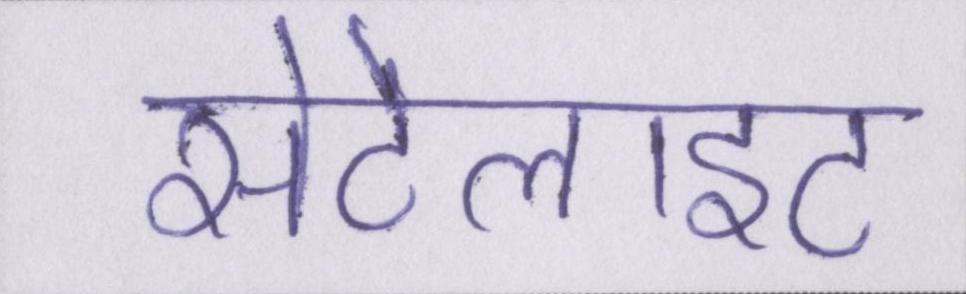
सेटेलाइट